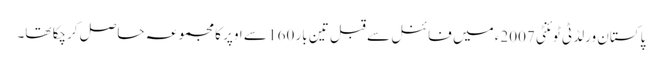
پاکستان ورلڈ ٹی ٹوئنٹی 2007ء میں فائنل سے قبل تین بار 160 سے اوپر کا مجموعہ حاصل کرچکا تھا۔